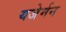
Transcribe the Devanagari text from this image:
यजेर्मन